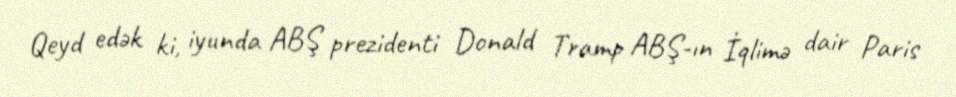
Qeyd edək ki, iyunda ABŞ prezidenti Donald Tramp ABŞ-ın İqlimə dair Paris